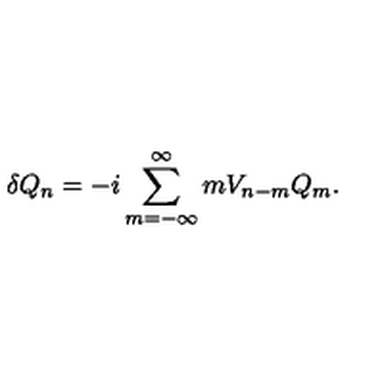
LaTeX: \delta Q _ { n } = - i \sum _ { m = - \infty } ^ { \infty } m V _ { n - m } Q _ { m } .